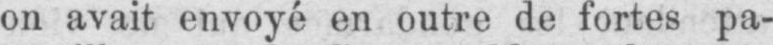
on avait envoyé en outre de fortes pa-